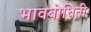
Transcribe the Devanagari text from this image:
भावबोधिनी